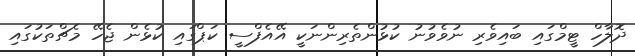
ދޮލާހް ޓީމްގައި ބައިވެރި ނުވެވުނު ކުޅުންތެރިންނަކީ އޭއެފްސީ ކަޕްގައި ކުޅެން ޖެހޭ މެޗްތަކުގައި